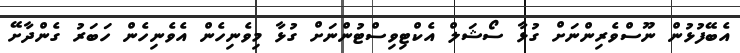
އެބޭފުޅުން ނޫސްވެރިންނަށް ގުޅާ ސޯޝަލް އެކްޓިވިސްޓުންނަށް ގުޅާ މިވެނިހެން އެވެނިހެން ހަބަރު ގެންދާށޭ